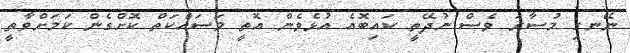
ނޭނގި މުސާރަ ވެސް ނުދޭތީ ކައިބޮއެ އުޅެވެން އޮތީ މަސައްކަތް ކޮށްގެން ކަމަށްވާތީ